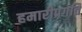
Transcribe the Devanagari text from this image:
हमारीप्रगति